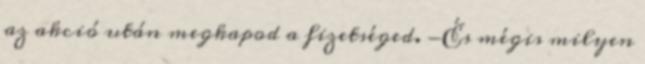
az akció után megkapod a fizetséged. -És mégis milyen